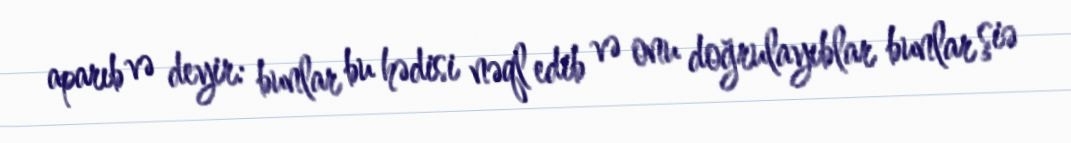
aparıb və deyir: bunlar bu hədisi nəql edib və onu doğrulayıblar bunlar şiə